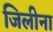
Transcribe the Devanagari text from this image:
जिलीना